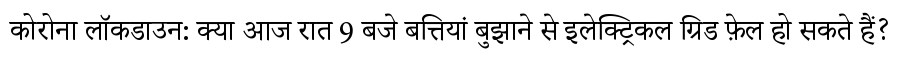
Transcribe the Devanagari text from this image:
कोरोना लॉकडाउन: क्या आज रात 9 बजे बत्तियां बुझाने से इलेक्ट्रिकल ग्रिड फ़ेल हो सकते हैं?